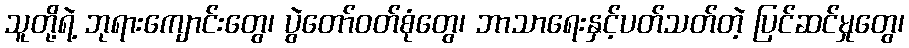
သူတို့ရဲ့ ဘုရားကျောင်းတွေ၊ ပွဲတော်ဝတ်စုံတွေ၊ ဘာသာရေးနှင့်ပတ်သတ်တဲ့ ပြင်ဆင်မှုတွေ၊